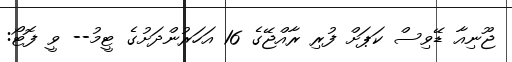
ޖޫނިއާ ޑޭވިސް ކަޕަށް ފުރި ރާއްޖޭގެ 16 އަހަރުންދަށުގެ ޓީމު-- ވީ ފޮޓޯ: